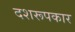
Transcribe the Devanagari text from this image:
दशरूपकार